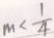
m < \frac { 1 } { 4 }